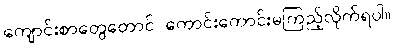
ကျောင်းစာတွေတောင် ကောင်းကောင်းမကြည့်လိုက်ရပါ။